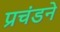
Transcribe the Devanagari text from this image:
प्रचंडने